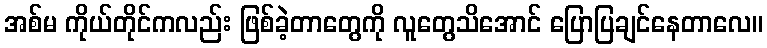
အစ်မ ကိုယ်တိုင်ကလည်း ဖြစ်ခဲ့တာတွေကို လူတွေသိအောင် ပြောပြချင်နေတာလေ။